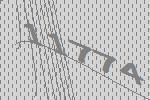
11774